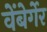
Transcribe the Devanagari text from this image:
वेंबेर्गेर